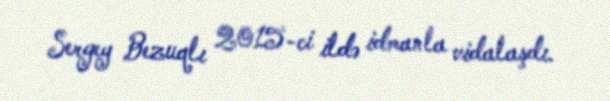
Sergey Bezuqlı 2015-ci ildə idmanla vidalaşdı.